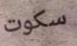
سكوت